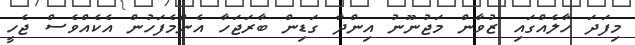
މިފަދަ ހާލެއްގައި ޒުވާން މަޖުނޫނު އިންދާ ގަޑިން ބާރަޖަހާ އެންމެފަހުން އެކެއްވެސް ޖެހީ